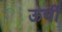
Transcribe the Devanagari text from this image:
ऊचीं